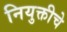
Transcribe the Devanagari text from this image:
नियुक्तीचे